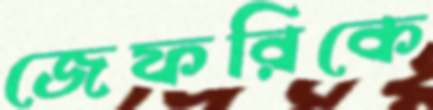
জেফরিকে